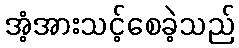
အံ့အားသင့်စေခဲ့သည်